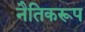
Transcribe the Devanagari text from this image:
नैतिकरूप